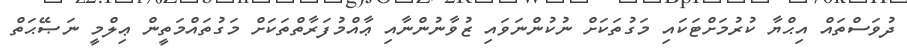
ދުވަސްތައް އިޙްޔާ ކުރުމަށްޓަކައި މަގުތަކަށް ނުކުންނަވައި ޒުވާނުންނާއި ޢާއްމުފަރާތްތަކަށް މަގުތައްމަތީން ޢިލްމީ ނަޞޭޙަތް